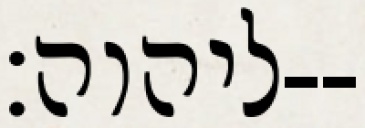
ליהוה׃--